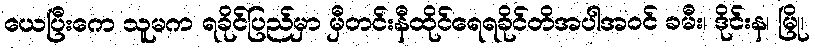
ယေပြီးကေ သူမက ရခိုင်ပြည်မှာ မှီတင်းနီထိုင်ရေရခိုင်တိအပါအဝင် ခမီး၊ ဒိုင်းန၊ မြို၊